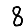
Digit: 8